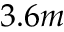
3 . 6 m